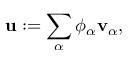
\begin{array} { r } { \mathbf { u } : = \displaystyle \sum _ { \alpha } \phi _ { \alpha } \mathbf { v } _ { \alpha } , } \end{array}